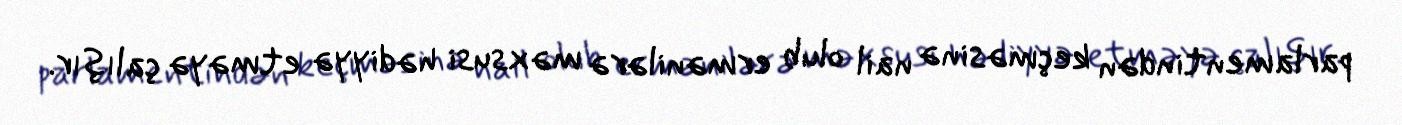
parlamentindən keçməsinə nail olub ermənilərə məxsusi hədiyyə etməyə çalışır.